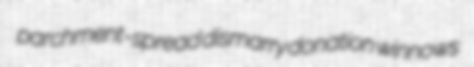
parchment-spread dismarry donation winnows